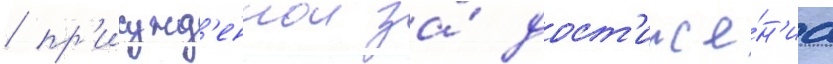
/ пр'исужд'еннои за́ дост'иже́н'иа